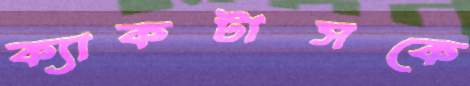
ক্যাকটাসকে